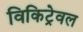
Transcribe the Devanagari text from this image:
विकिट्रेवल